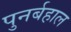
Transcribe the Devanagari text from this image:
पुनर्बहाल